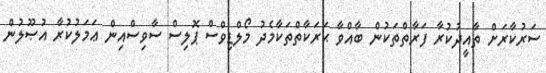
ސަރުކާރަށް ތާއީދުކުރާ ފަރާތްތަކުން ބާއްވާ ޙަރަކާތްތަކާމެދު މޯލްޑިވްސް ޕޮލިސް ސާވިސްއިން ޢަމަލުކުރާ އުޞޫލުން